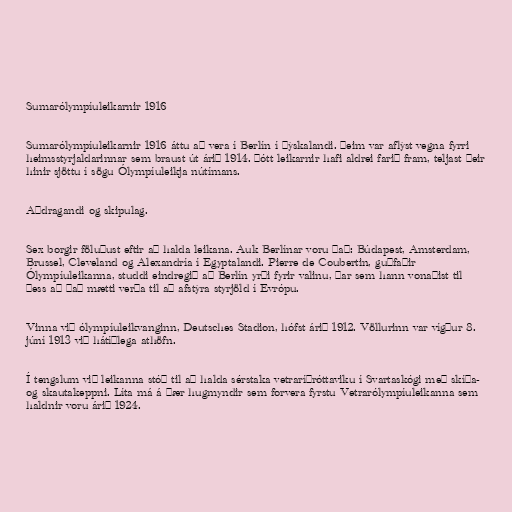
Sumarólympíuleikarnir 1916

Sumarólympíuleikarnir 1916 áttu að vera í Berlín í Þýskalandi. Þeim var aflýst vegna fyrri
heimsstyrjaldarinnar sem braust út árið 1914. Þótt leikarnir hafi aldrei farið fram, teljast þeir
hinir sjöttu í sögu Ólympíuleikja nútímans.

Aðdragandi og skipulag.

Sex borgir föluðust eftir að halda leikana. Auk Berlínar voru það: Búdapest, Amsterdam,
Brussel, Cleveland og Alexandría í Egyptalandi. Pierre de Coubertin, guðfaðir
Ólympíuleikanna, studdi eindregið að Berlín yrði fyrir valinu, þar sem hann vonaðist til
þess að það mætti verða til að afstýra styrjöld í Evrópu.

Vinna við ólympíuleikvanginn, Deutsches Stadion, hófst árið 1912. Völlurinn var vígður 8.
júní 1913 við hátíðlega athöfn.

Í tengslum við leikanna stóð til að halda sérstaka vetraríþróttaviku í Svartaskógi með skíða-
og skautakeppni. Líta má á þær hugmyndir sem forvera fyrstu Vetrarólympíuleikanna sem
haldnir voru árið 1924.